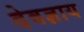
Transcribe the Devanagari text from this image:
देवज्ञाय